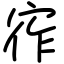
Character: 宱